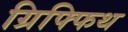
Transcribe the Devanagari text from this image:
ग्रिफ्फिथ